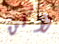
لأكن